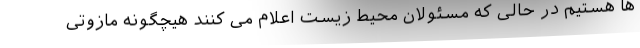
ها هستیم در حالی که مسئولان محیط زیست اعلام می کنند هیچگونه مازوتی